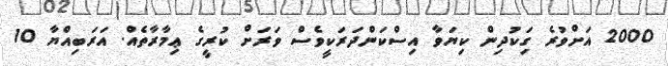
2000 އަށްވުރެ ގިަކުދިން ކިޔަވާ އިސްކަންދަރަކީވެސް ވަރަށް ކުރީގެ ޢިމާރާތެއް. އަރަބިއްޔާ 10